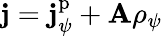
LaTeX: \mathbf{j}=\mathbf{j}_{\psi}^{\mathrm{p}}+\mathbf{A}\rho_{\psi}